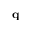
\mathbf { q }